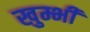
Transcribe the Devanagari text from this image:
खुम्भी